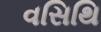
વસિથિ